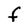
Character: f